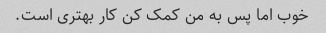
خوب اما پس به من کمک کن کار بهتری است.